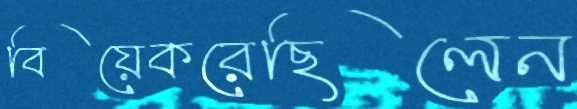
বিয়েকরেছিলেন